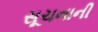
સૂચનાની